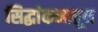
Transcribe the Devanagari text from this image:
सिद्धांकनातून